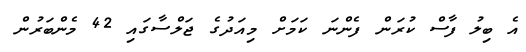
އެ ބިލު ފާސް ކުރަން ފެންނަ ކަމަށް މިއަދުގެ ޖަލްސާގައި 42 މެންބަރުން